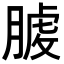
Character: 𦞬